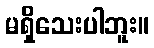
မရှိသေးပါဘူး။